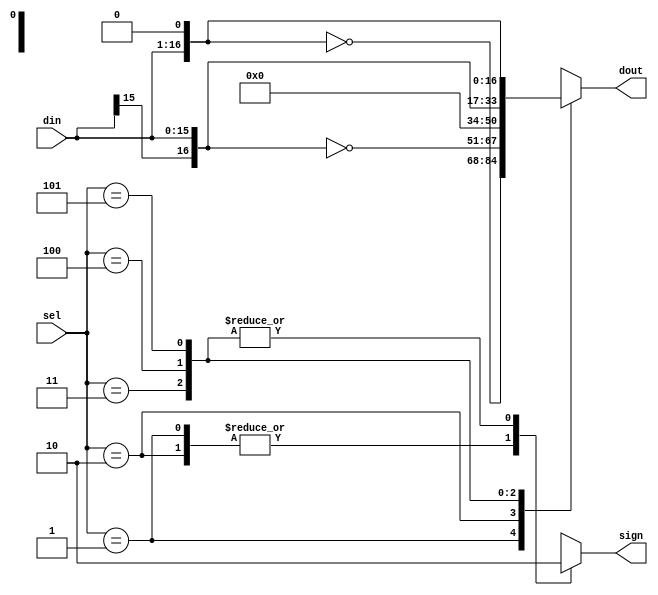
`define BOOTH_m2A 3'd1
`define BOOTH_mA 3'd2
`define BOOTH_0 3'd3
`define BOOTH_pA 3'd4
`define BOOTH_p2A 3'd5

module PartialProduct(dout, sign, sel, din);
	input [15:0] din; // x * y  x
	input [2:0] sel; // BoothEncoding  
	output [16:0] dout; // BoothEncoding    partial product 
	output sign; // 
	
	reg [16:0] dout;
	reg sign;
	
	// BoothEncoder    x     
	always @(din or sel) begin
		casex(sel)
			`BOOTH_m2A: begin dout = ~{din, 1'b0}; sign = 1'b1; end
			`BOOTH_mA: begin dout = ~{din[15], din}; sign = 1'b1; end
			`BOOTH_0: begin dout = 17'b0; sign = 1'b0; end
			`BOOTH_pA: begin dout = {din[15], din}; sign = 1'b0; end
			`BOOTH_p2A: begin dout = {din, 1'b0}; sign = 1'b0; end
			default : begin dout = 17'bX; sign = 1'bX; end
		endcase
	end
endmodule